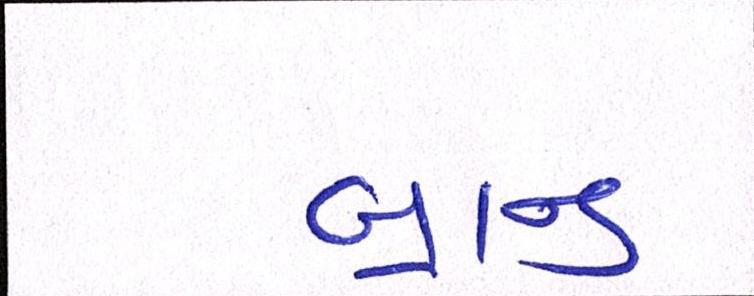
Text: બ્રાન્ડ